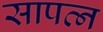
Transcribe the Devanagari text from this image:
सापत्‍न